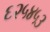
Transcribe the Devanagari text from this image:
६२५४५३